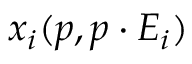
x _ { i } ( p , p \cdot E _ { i } )